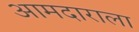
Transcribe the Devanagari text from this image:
आमदाराला